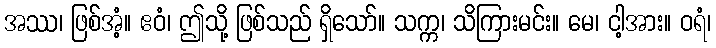
အဿ၊ ဖြစ်အံ့။ ဧဝံ၊ ဤသို့ ဖြစ်သည် ရှိသော်။ သက္က၊ သိကြားမင်း။ မေ၊ ငါ့အား။ ဝရံ၊